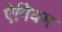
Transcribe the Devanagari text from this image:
ऐगियम